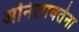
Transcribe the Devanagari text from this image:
अनिलावर्तना